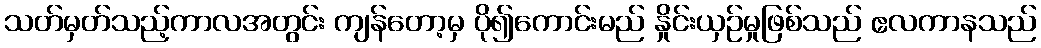
သတ်မှတ်သည့်ကာလအတွင်း ကျန်တော့မှ ပို၍ကောင်းမည် နှိုင်းယှဉ်မှုဖြစ်သည် ဧလကာနသည်